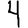
Digit: 4